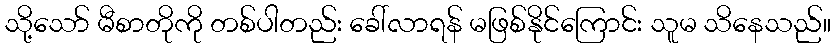
သို့သော် မီစာတိုကို တစ်ပါတည်း ခေါ်လာရန် မဖြစ်နိုင်ကြောင်း သူမ သိနေသည်။